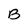
Character: B